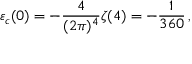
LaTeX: \varepsilon _ { c } ( 0 ) = - \frac { 4 } { ( 2 \pi ) ^ { 4 } } \zeta ( 4 ) = - { \frac { 1 } { 3 6 0 } } \, ,